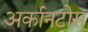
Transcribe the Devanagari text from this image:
अर्कानटोस